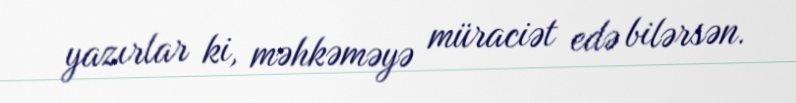
yazırlar ki, məhkəməyə müraciət edə bilərsən.